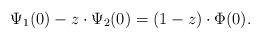
LaTeX: \begin{align*}\Psi_1(0)-z\cdot \Psi_2(0)=(1-z)\cdot\Phi(0).\end{align*}